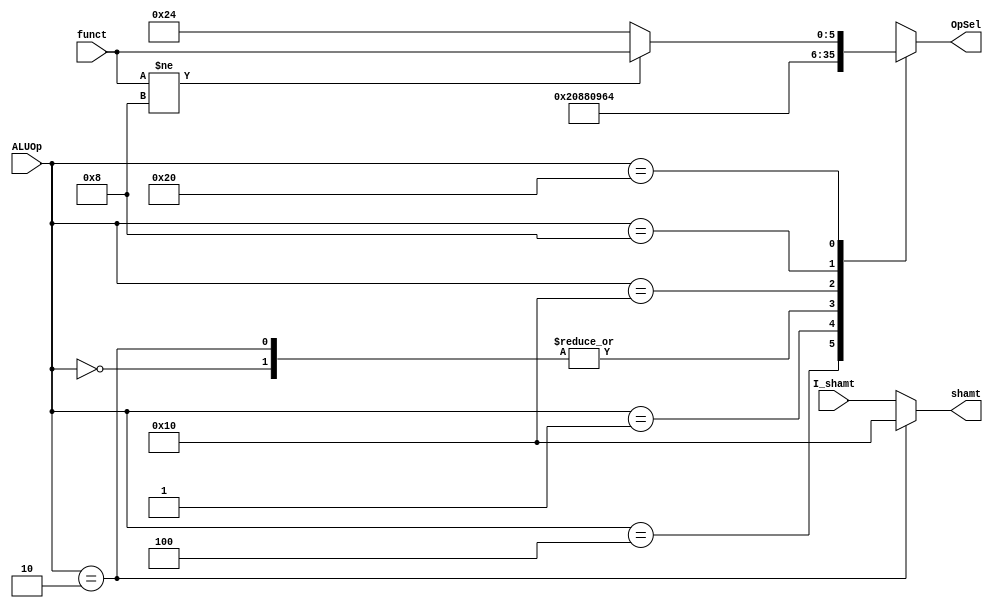
module MainALUControl (
	//INPUTs
	input [5:0] funct,
	input [4:0] I_shamt,
	input [5:0] ALUOp,
	//OUTPUTs
	output [5:0] OpSel,
	output [4:0] shamt 
	);
	
	//Values for ALUOp from Main control unit depending on type of instruction
	localparam ZER_R = 6'h0,
			   SUB_R = 6'h1,
			   SLL_R = 6'h2,
			   ADD_R = 6'h4,
			   AND_R = 6'h8,
			   OR_R  = 6'h10,
			   R_TYP = 6'h20;
	
	//Codification for ALU Operation
	localparam AND = 6'h24, //CONC= for LUI instruction is a sll with shamt 16 
				   OR = 6'h25, 
				  ADD = 6'h20, 
				  SUB = 6'h22,
				  SLL = 6'h0;
	
	reg [5:0] OpSel_reg;
	
	//Truth Table from FIGURE 4.12 P.260 and table 4.13 P.261 
	always @(*) begin
		case(ALUOp)  //Check if we can use casex for x1 and 1x
			ZER_R: OpSel_reg = 6'h0;
			ADD_R: OpSel_reg = ADD;
			SUB_R: OpSel_reg = SUB;
			SLL_R: OpSel_reg = SLL;
			OR_R: OpSel_reg  = OR;
			AND_R: OpSel_reg = AND;		
			R_TYP: begin
				if (funct != 6'h08) //JR  = 6'h08
					OpSel_reg = funct;
				else
					OpSel_reg = AND; //Support for JR instruction to be compatible with other R type instructions
			end
			default: OpSel_reg = 6'hx;
		endcase
	end
	
	assign OpSel = OpSel_reg;
	assign shamt = (ALUOp == SLL_R)? 5'h10: I_shamt; //Support for LUI instruction
	
endmodule